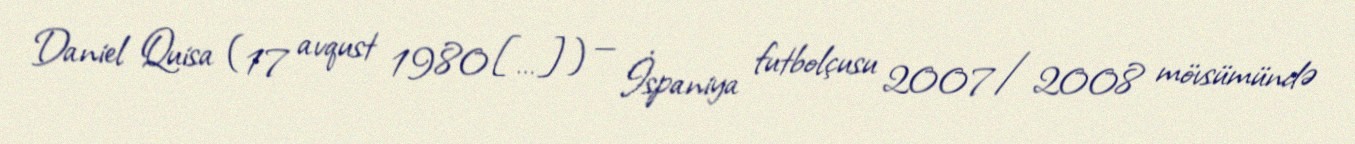
Daniel Quisa (17 avqust 1980[…]) — İspaniya futbolçusu 2007/2008 mövsümündə